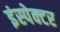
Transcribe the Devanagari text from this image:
इंस्‍पेक्‍टर